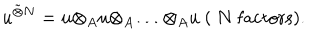
u ^ { \tilde { \otimes } N } = u { \otimes } _ { A } u { \otimes } _ { A } \ldots { \otimes } _ { A } u ~ ( ~ N \mathrm { ~ f a c t o r s } ) .